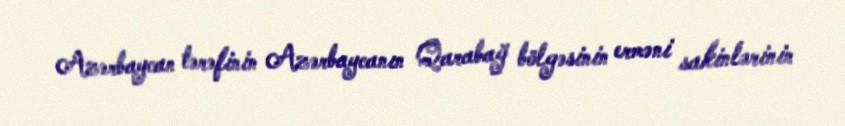
Azərbaycan tərəfinin Azərbaycanın Qarabağ bölgəsinin erməni sakinlərinin